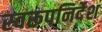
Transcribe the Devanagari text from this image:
स्वरूपनिर्देश